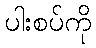
ပါးစပ်ကို